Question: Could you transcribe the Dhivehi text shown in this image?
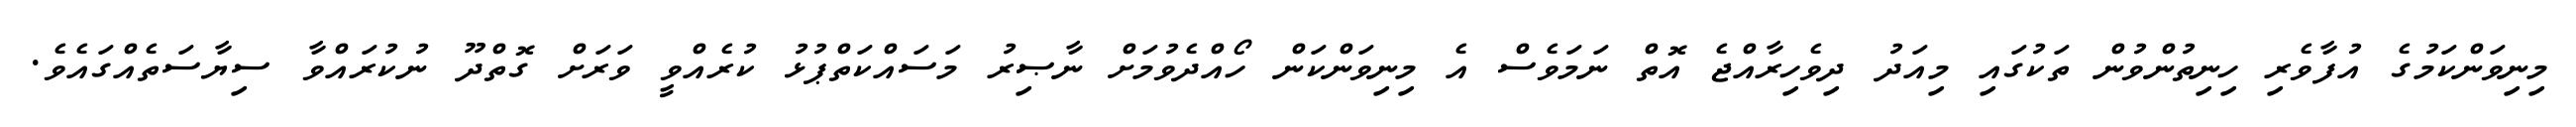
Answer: މިނިވަންކަމުގެ އުފާވެރި ހިނިތުންވުން ތަކުގައި މިއަދު ދިވެހިރާއްޖެ އޮތް ނަމަވެސް އެ މިނިވަންކަން ހޯއްދެވުމަށް ނާޞިރު މަސައްކަތްޕުޅު ކުރެއްވީ ވަރަށް ގޮތްދޫ ނުކުރައްވާ ސިޔާސަތެއްގައެވެ.